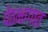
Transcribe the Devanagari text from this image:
पेठभागात